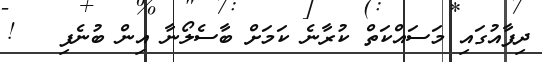
ދިފާއުގައި މަސައްކަތް ކުރާނެ ކަމަށް ބާސެލޯނާ އިން ބުނެފި   !